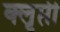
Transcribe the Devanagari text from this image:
क्लृप्ती